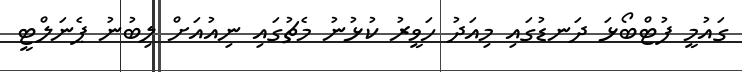
ގައުމީ ފުޓްބޯޅަ ދަނޑުގައި މިއަދު ހަވީރު ކުޅުނު މެޗުގައި ނިއުއަށް ލިބުނު ޕެނަލްޓީ